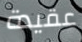
عقيدة